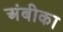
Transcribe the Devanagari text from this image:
अंबीका